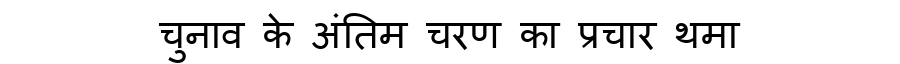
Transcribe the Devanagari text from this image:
चुनाव के अंतिम चरण का प्रचार थमा